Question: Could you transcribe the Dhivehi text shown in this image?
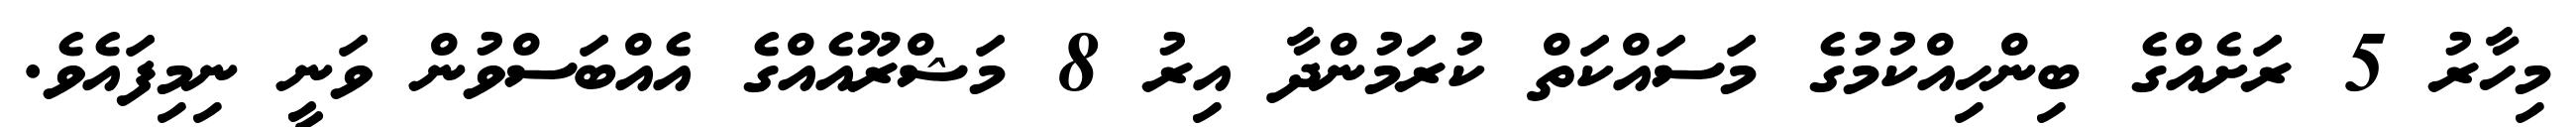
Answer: މިހާރު 5 ރަށެއްގެ ބިންހިއްކުމުގެ މަސައްކަތް ކުރަމުންދާ އިރު 8 މަޝްރޫއެއްގެ އެއްބަސްވުން ވަނީ ނިމިފައެވެ.